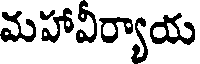
మహావీర్యాయ